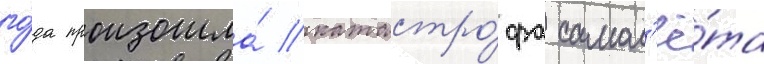
го́да произошла́ катастро́фа самол'ё́та